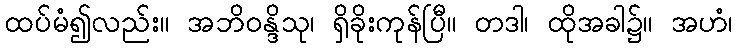
ထပ်မံ၍လည်း။ အဘိဝန္ဒိသု၊ ရှိခိုးကုန်ပြီ။ တဒါ၊ ထိုအခါ၌။ အဟံ၊